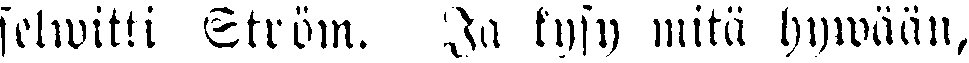
selwitti Ström. Ja kysy mitä hywään,